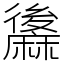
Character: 䵈